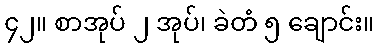
၄၂။ စာအုပ် ၂ အုပ်၊ ခဲတံ ၅ ချောင်း။